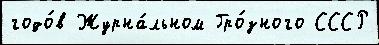
годо́в Журна́льном Гро́зного СССР